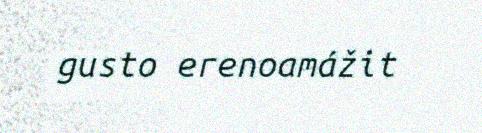
gusto erenoamážit